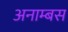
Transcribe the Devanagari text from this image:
अनाम्बस